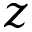
z